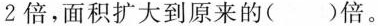
的2倍，面积扩大到原来的()倍。